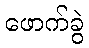
ဖောက်ခွဲ